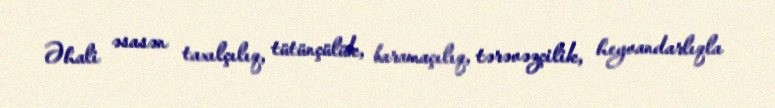
Əhali əsasən taxılçılıq, tütünçülük, baramaçılıq, tərəvəzçilik, heyvandarlıqla